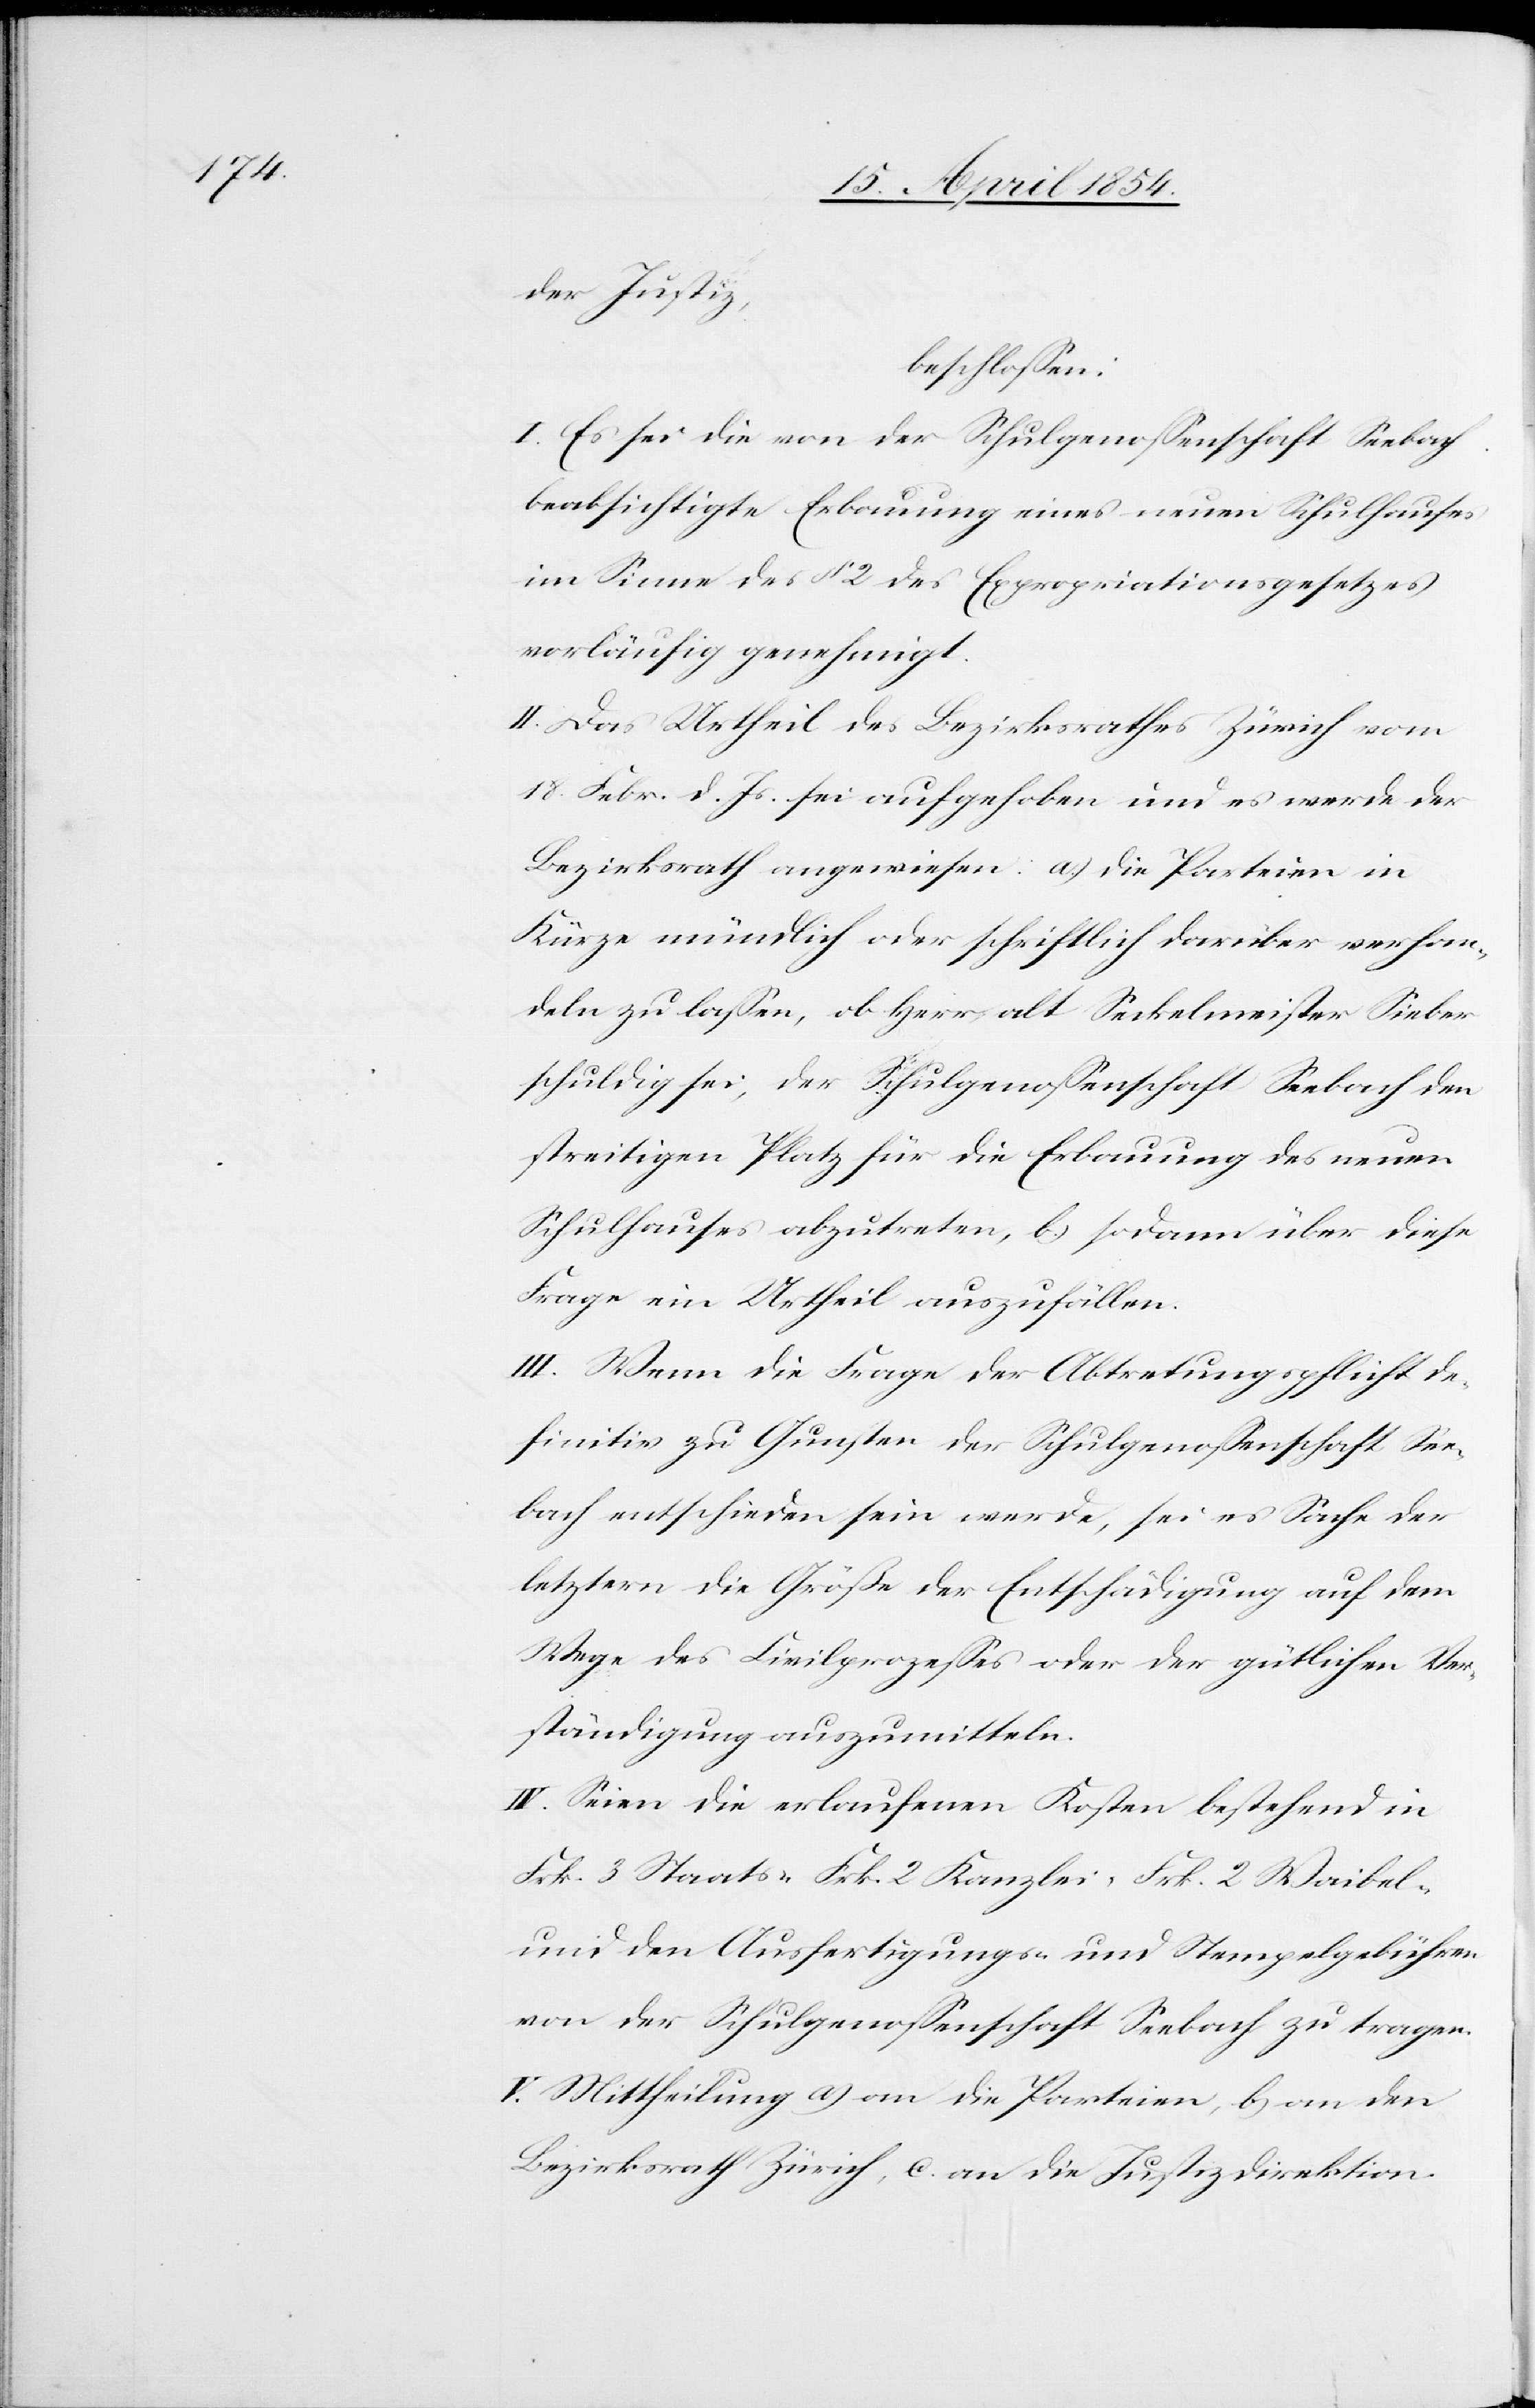
der Justiz,
beschloßen:
I. Es sei die von der Schulgenoßenschaft Seebach
beabsichtigte Erbauung eines neuen Schulhauses
im Sinne des § 2 des Expropriationsgesetzes
vorläufig genehmigt.
II. Das Urtheil des Bezirksrathes Zürich vom
18. Febr. d. Js. sei aufgehoben und es werde der
Bezirksrath angewiesen: a.) die Parteien in
Kürze mündlich oder schriftlich darüber verhan¬
deln zu laßen, ob Herr alt Seckelmeister Sieber
schuldig sei, der Schulgenoßenschaft Seebach den
streitigen Platz für die Erbauung des neuen
Schulhauses abzutreten, b.) sodann über diese
Frage ein Urtheil auszufällen.
III. Wenn die Frage der Abtretungspflicht de¬
finitiv zu Gunsten der Schulgenoßenschaft See¬
bach entschieden sein werde, sei es Sache der
letztern die Größe der Entschädigung auf dem
Wege des Civilprozeßes oder der gütlichen Ver¬
ständigung auszumitteln.
IV. Seien die erlaufenen Kosten bestehend in
Frk. 3 Staats-[,] Frk. 2 Kanzlei-[,] Frk. 2 Waibel-
und den Ausfertigungs- und Stempelgebühren
von der Schulgenoßenschaft Seebach zu tragen.
V. Mittheilung a.) an die Parteien, b.) an den
Bezirksrath Zürich, c.) an die Justizdirektion.